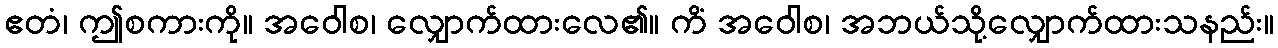
ဧတံ၊ ဤစကားကို။ အဝေါစ၊ လျှောက်ထားလေ၏။ ကိံ အဝေါစ၊ အဘယ်သို့လျှောက်ထားသနည်း။